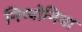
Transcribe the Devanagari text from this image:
निप्पोनिया